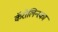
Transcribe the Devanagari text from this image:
कॅरोलिन्स्का